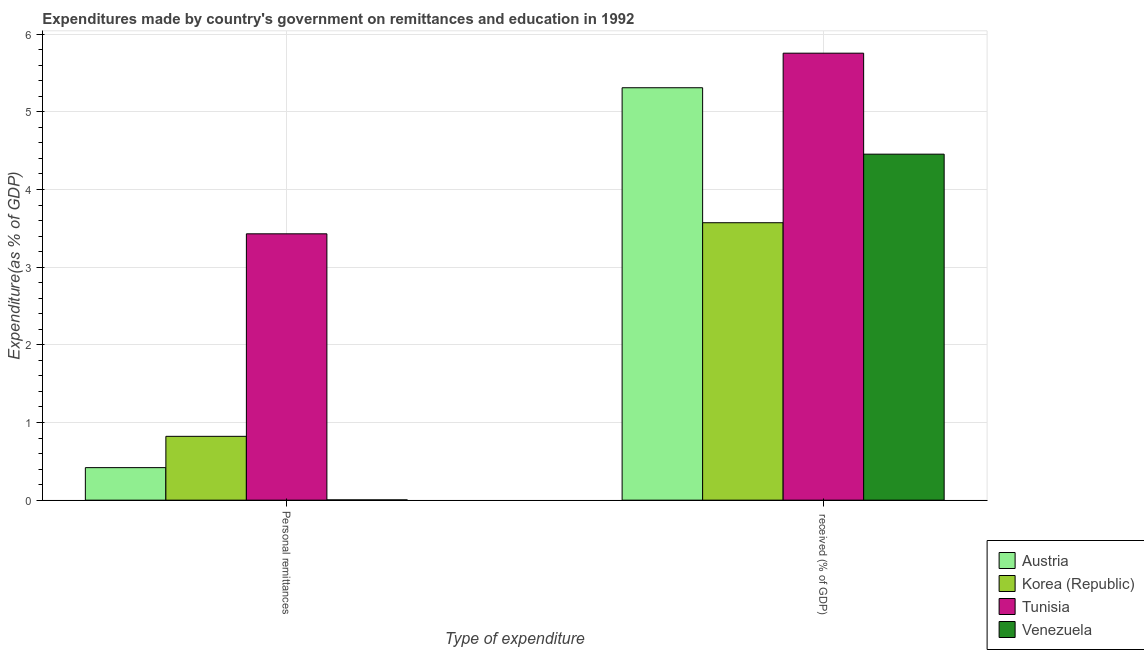
| Type of expenditure | Austria | Korea (Republic) | Tunisia | Venezuela |
 | --- | --- | --- | --- | --- |
 | Personal remittances | 0.419 | 0.822 | 3.43 | 0.00342 |
 |  received (% of GDP) | 5.31 | 3.57 | 5.75 | 4.45 |